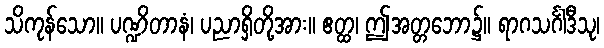
သိကုန်သော။ ပဏ္ဍိတာနံ၊ ပညာရှိတို့အား။ ဧတ္ထ၊ ဤအတ္တဘော၌။ ရာဂသင်္ဂါဒီသု၊